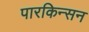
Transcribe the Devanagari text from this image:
पारकिन्सन